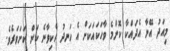
މިއަދު އޭނާ އެދައްކާ ކޮންމެ ވާހަކައަކަށް އެ ހަނދު ހެކިވާނެ ކަން ކަށަވަރެވެ.